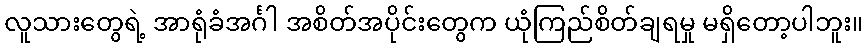
လူသားတွေရဲ့ အာရုံခံအင်္ဂါ အစိတ်အပိုင်းတွေက ယုံကြည်စိတ်ချရမှု မရှိတော့ပါဘူး။